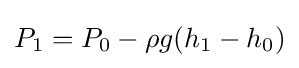
P_{1}=P_{0}-\rho g(h_{1}-h_{0})